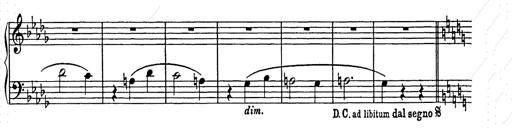
Title: Weihnachtsbaum
Composer: Franz Liszt